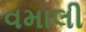
વમાલી